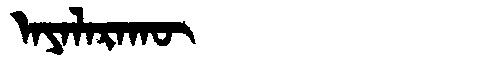
Manchu: ᠠᠶᠠᠯᠠᡵᠠᡴᡡ
Romanization: AYALARAKŪ